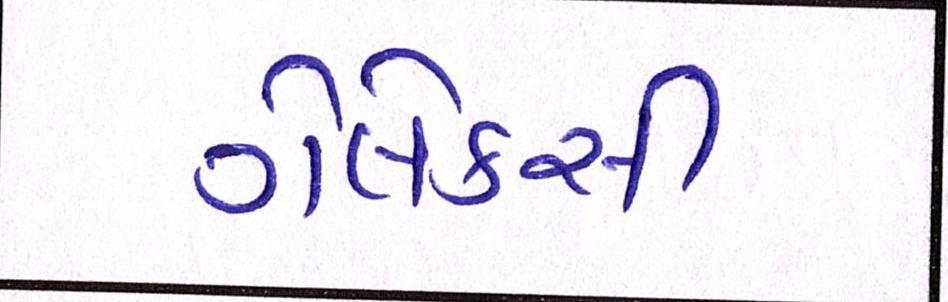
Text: ગેલેક્સી